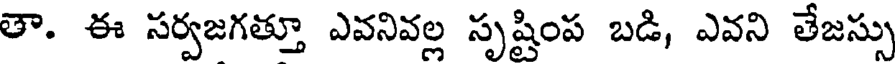
తా. ఈ సర్వజగత్తూ ఎవనివల్ల సృష్టింప బడి, ఎవని తేజస్సు